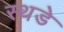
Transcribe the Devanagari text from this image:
स्थडे